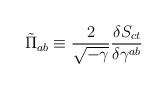
LaTeX: \begin{align*}\tilde{\Pi}_{ab}\equiv \frac{2}{\sqrt{-\gamma }}\frac{\delta S_{ct}}{\delta\gamma ^{ab}} \end{align*}